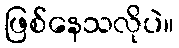
ဖြစ်နေသလိုပဲ။